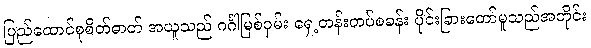
ပြည်ထောင်စုစိတ်ဓာတ် အယူသည် ဂင်္ဂါမြစ်ဝှမ်း ရှေ့တန်းတပ်စခန်း ပိုင်းခြားတော်မူသည်အတိုင်း